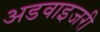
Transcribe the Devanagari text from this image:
अडवाइजरी